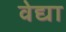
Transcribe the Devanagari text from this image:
वेद्या